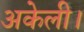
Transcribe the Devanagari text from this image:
अकेली।